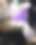
শ